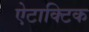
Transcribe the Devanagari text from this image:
ऐटाक्टिक